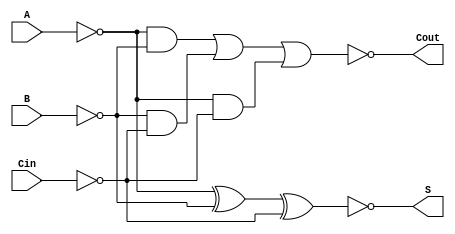
module NegativeCircuitFullAdder (
    input  wire A,      // First input bit (active low)
    input  wire B,      // Second input bit (active low)
    input  wire Cin,    // Carry-in bit (active low)
    output wire S,      // Sum output (active low)
    output wire Cout     // Carry-out output (active low)
);

// Internal signals for intermediate calculations
wire A_inv, B_inv, Cin_inv;
wire sum_xor, carry_or;

// Invert inputs to get active high signals
assign A_inv = ~A;   // Active high version of A
assign B_inv = ~B;   // Active high version of B
assign Cin_inv = ~Cin; // Active high version of Cin

// Calculate the sum using XOR gates
assign sum_xor = A_inv ^ B_inv ^ Cin_inv; // XOR operation
assign S = ~sum_xor; // Active low output

// Calculate the carry-out using AND & OR gates
assign carry_or = (A_inv & B_inv) | (B_inv & Cin_inv) | (A_inv & Cin_inv); // OR operation
assign Cout = ~carry_or; // Active low output

endmodule